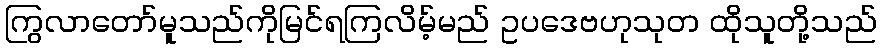
ကြွလာတော်မူသည်ကိုမြင်ရကြလိမ့်မည် ဥပဒေဗဟုသုတ ထိုသူတို့သည်